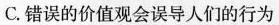
C.错误的价值观会误导人们的行为